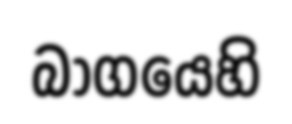
බාගයෙහි